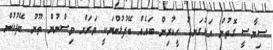
ސިޔާސީ ގޮތުން އަޅުގަނޑު ހީކުރިން ބައެއް ބޭފުޅުންނަކީ ވަރަށް ވިސްނުން ތޫނު ބޭފުޅުން